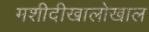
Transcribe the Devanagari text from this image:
मशीदीखालोखाल